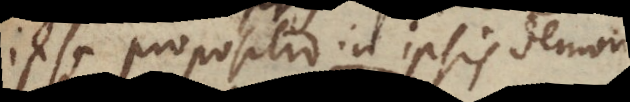
ipsa propositio in ipsis demonstrari